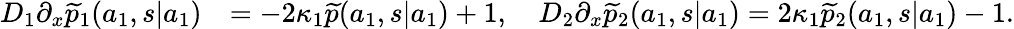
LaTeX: \begin{array}{rl}{D_{1}\partial_{x}\widetilde{p}_{1}(a_{1},s|a_{1})}&{=-2\kappa_{1}\widetilde{p}(a_{1},s|a_{1})+1,\quad D_{2}\partial_{x}\widetilde{p}_{2}(a_{1},s|a_{1})=2\kappa_{1}\widetilde{p}_{2}(a_{1},s|a_{1})-1.}\end{array}